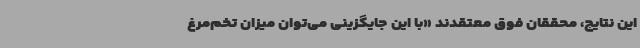
این نتایج، محققان فوق معتقدند «با این جایگزینی می‌توان میزان تخم‌مرغ